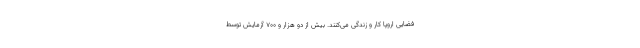
فضایی اروپا کار و زندگی می‌کنند. بیش از دو هزار و ٧٠٠ آزمایش توسط